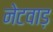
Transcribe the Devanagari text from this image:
नेटवाड़